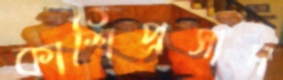
কাশিপ্রসাদ